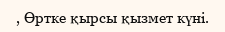
, Өртке қырсы қызмет күні.